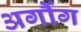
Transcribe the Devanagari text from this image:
अर्गौग